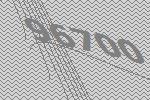
96700